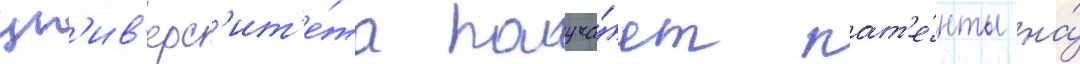
ун'ив'ерс'ит'е́та получа́ет пат'е́нты на́